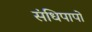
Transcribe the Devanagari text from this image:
संधिपापों